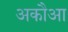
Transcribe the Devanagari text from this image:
अकौआ